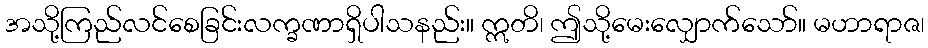
အသို့ကြည်လင်စေခြင်းလက္ခဏာရှိပါသနည်း။ ဣတိ၊ ဤသို့မေးလျှောက်သော်။ မဟာရာဇ၊